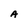
Character: A